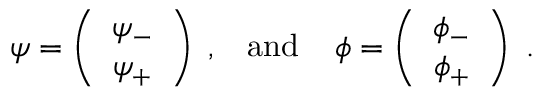
\psi = \left( \begin{array} { c } { { \psi _ { - } } } \\ { { \psi _ { + } } } \end{array} \right) \; , \; \; \; \mathrm { a n d } \; \; \; \; \phi = \left( \begin{array} { c } { { \phi _ { - } } } \\ { { \phi _ { + } } } \end{array} \right) \; .